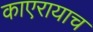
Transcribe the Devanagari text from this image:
काएरायाच